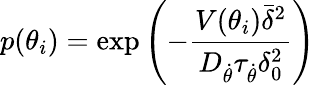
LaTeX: p(\theta_{i})=\exp\left(-\frac{V(\theta_{i})\bar{\delta}^{2}}{D_{\dot{\theta}}\tau_{\dot{\theta}}\delta_{0}^{2}}\right)